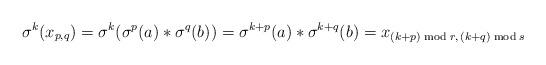
LaTeX: \begin{align*}\sigma^k(x_{p,q})=\sigma^k(\sigma^p(a)\ast\sigma^q(b)) = \sigma^{k+p}(a) \ast \sigma^{k+q}(b) = x_{(k+p)\bmod r,\, (k+q)\bmod s}\end{align*}